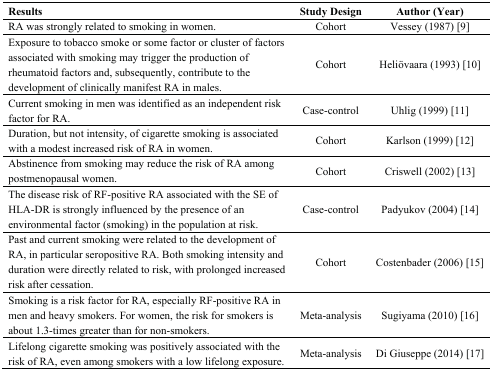
| Results | Study Design | Author (Year) |
 | --- | --- | --- |
 | RA was strongly related to smoking in women. | Cohort | Vessey (1987) [9] |
 | Exposure to tobacco smoke or some factor or cluster of factors associated with smoking may trigger the production of rheumatoid factors and, subsequently, contribute to the development of clinically manifest RA in males. | Cohort | Heliövaara (1993) [10] |
 | Current smoking in men was identified as an independent risk factor for RA. | Case-control | Uhlig (1999) [11] |
 | Duration, but not intensity, of cigarette smoking is associated with a modest increased risk of RA in women. | Cohort | Karlson (1999) [12] |
 | Abstinence from smoking may reduce the risk of RA among postmenopausal women. | Cohort | Criswell (2002) [13] |
 | The disease risk of RF-positive RA associated with the SE of HLA-DR is strongly influenced by the presence of an environmental factor (smoking) in the population at risk. | Case-control | Padyukov (2004) [14] |
 | Past and current smoking were related to the development of RA, in particular seropositive RA. Both smoking intensity and duration were directly related to risk, with prolonged increased risk after cessation. | Cohort | Costenbader (2006) [15] |
 | Smoking is a risk factor for RA, especially RF-positive RA in men and heavy smokers. For women, the risk for smokers is about 1.3-times greater than for non-smokers. | Meta-analysis | Sugiyama (2010) [16] |
 | Lifelong cigarette smoking was positively associated with the risk of RA, even among smokers with a low lifelong exposure. | Meta-analysis | Di Giuseppe (2014) [17] |